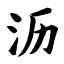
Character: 沥